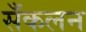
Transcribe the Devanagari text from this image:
सँकलन